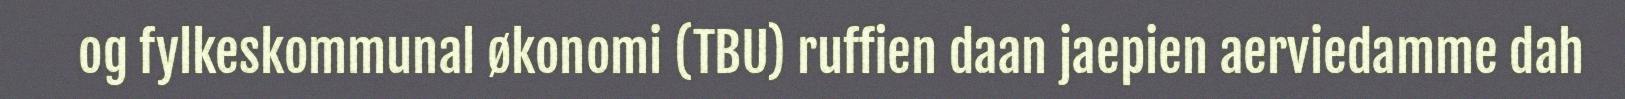
og fylkeskommunal økonomi (TBU) ruffien daan jaepien aerviedamme dah